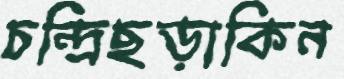
চন্দ্রিছড়াকিন